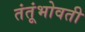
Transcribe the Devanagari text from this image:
तंतूंभोवती